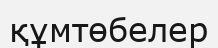
құмтөбелер